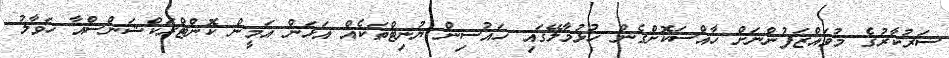
ސަރުކާރުގެ މުވައްޒަފުންނަށް ހާއްސަކޮށްގެން ހުޅުމާލޭގައި ހައުސިން ޔުނިޓްތަކެއް އަޅަން އަމީން ކޮންޓްރަކްޝަންސްއާ ހަވާލު